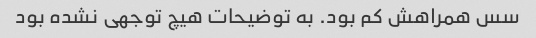
سس همراهش کم بود. به توضیحات هیچ توجهی نشده بود